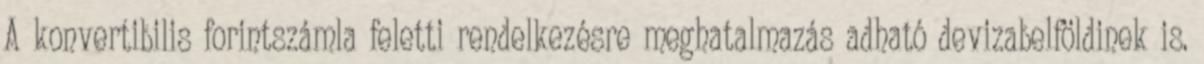
A konvertibilis forintszámla feletti rendelkezésre meghatalmazás adható devizabelföldinek is.